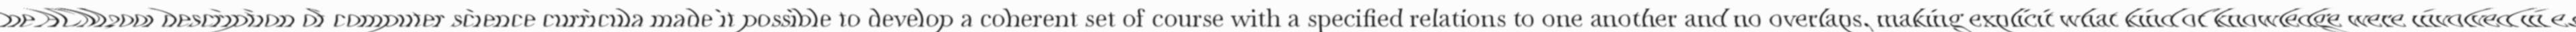
"The ACM2001 description of computer science curricula made it possible to develop a coherent set of course with a specified relations to one another and no overlaps, making explicit what kind of knowledge were involved in e.g."